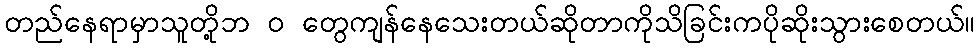
တည်နေရာမှာသူတို့ဘ ၀ တွေကျန်နေသေးတယ်ဆိုတာကိုသိခြင်းကပိုဆိုးသွားစေတယ်။